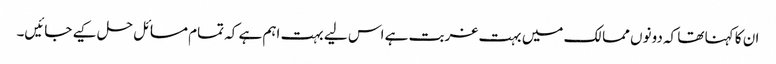
ان کا کہنا تھا کہ دونوں ممالک میں بہت غربت ہے اس لیے بہت اہم ہے کہ تمام مسائل حل کیے جائیں۔